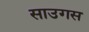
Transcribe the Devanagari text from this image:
साउगस